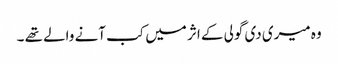
وہ میری دی گولی کے اثر میں کب آنے والے تھے ۔